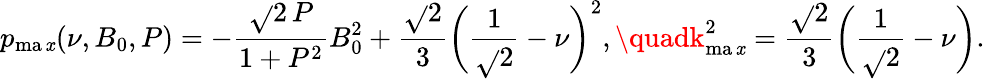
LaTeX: p_{\operatorname*{ma\mathit{x}}}(\nu,B_{0},P)=-\frac{{\sqrt{}{{2}}\, P}}{{1+P^{2}}}B_{0}^{2}+\frac{{\sqrt{}{{2}}}}{{3}}\biggl(\frac{{1}}{{\sqrt{}{{2}}}}-\nu\biggr)^{2},\quadk_{\operatorname*{ma\mathit{x}}}^{2}=\frac{{\sqrt{}{{2}}}}{{3}}\biggl(\frac{{1}}{{\sqrt{}{{2}}}}-\nu\biggr).